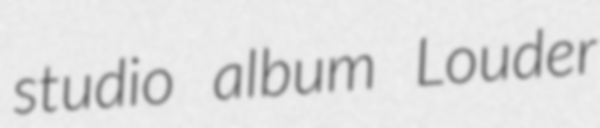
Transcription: studio album Louder